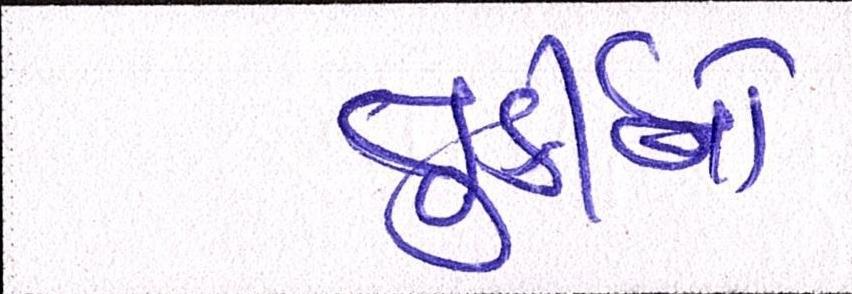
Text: તુર્કીનો